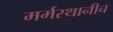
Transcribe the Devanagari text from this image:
मर्मस्थानीच